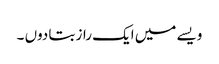
ویسے میں ایک راز بتا دوں ۔